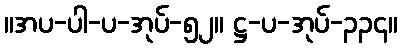
။အပ-ပါ-ပ-အုပ်-၅၂။ ဋ္ဌ-ပ-အုပ်-၃၃၄။